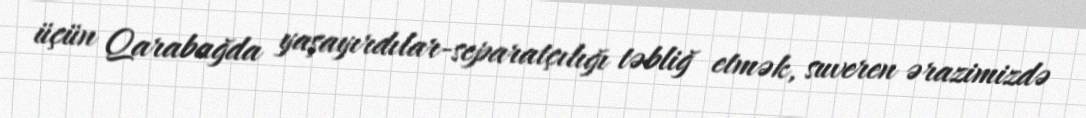
üçün Qarabağda yaşayırdılar-separatçılığı təbliğ etmək, suveren ərazimizdə